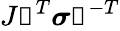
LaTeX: J{\boldsymbol{\mathscr{F}}}^{T}{\boldsymbol{\sigma}}{\boldsymbol{\mathscr{F}}}^{-T}